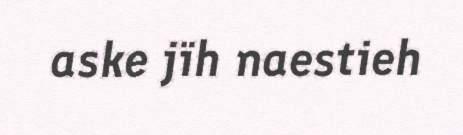
aske jïh naestieh